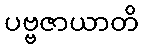
ပဗ္ဗဇာယာတိ